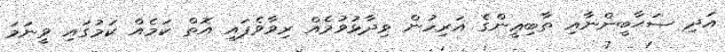
އަދި ޞަޙާބީންނާއި ތާބިޢީންގެ އަރިހުން ވިދާޅުވުމެއް ރިވާވެފައި އޮތް ކަމެއް ކަމުގައި ވީނަމަ